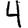
Digit: 4